Leaving Certificate Examination, 1923
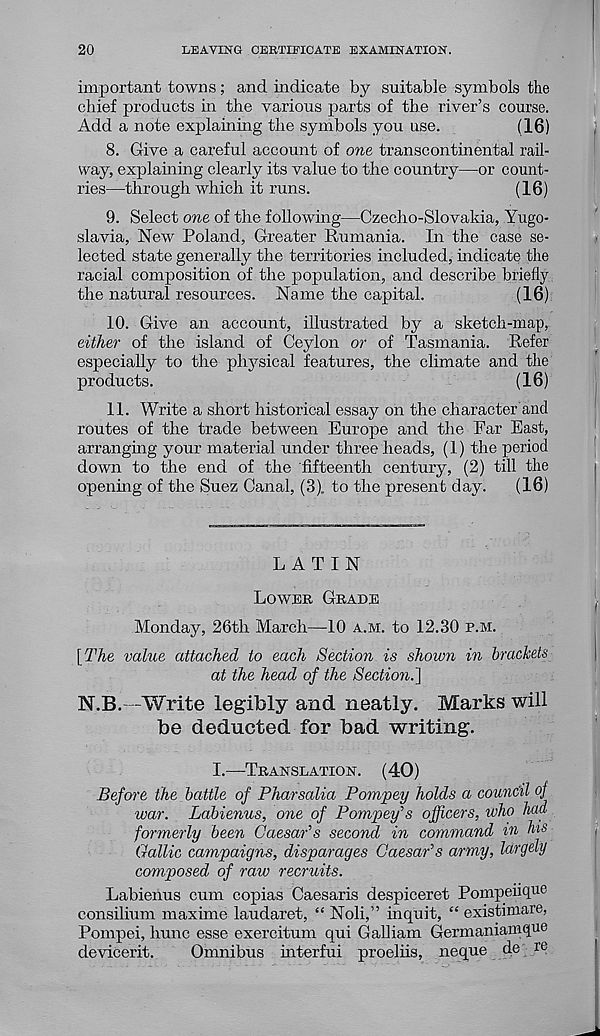
20
LEAVING CERTIFICATE EXAMINATION.
important towns; and indicate by suitable symbols the
chief products in the various parts of the river’s course.
Add a note explaining the symbols you use.
(16)
8. Give a careful account of one transcontinental rail-
way, explaining clearly its value to the country—or count-
ries—through which it runs.
(16)
9. Select one of the following—Czecho-Slovakia, Yugo-
slavia, New Poland, Greater Rumania. In the case se-
lected state generally the territories included, indicate the
racial composition of the population, and describe briefly
the natural resources. Name the capital.
(16)
10. Give an account, illustrated by a sketch-map,
either of the island of Ceylon or of Tasmania. Refer
especially to the physical features, the climate and the
products.
(16)
11. Write a short historical essay on the character and
routes of the trade between Europe and the Ear East,
arranging your material under three heads, (1) the period
down to the end of the fifteenth century, (2) till the
opening of the Suez Canal, (3). to the present day.
(16)
LATIN
LOWER GRADE
Monday, 26th March—10 A.M. to 12.30 P.M.
[The value attached to each Section is shown in brackets
at the head of the Section.']
N.B.—Write legibly and neatly. Marks will
be deducted for bad writing.
I.—-TRANSLATION. (40)
Before the battle of Pharsalia Pompey holds a council of
war.
Labienus, one of Pompey’s officers, who had
formerly been Caesar’s second in command in his
Gallic campaigns, disparages Caesar’s army, largely
composed of raw recruits.
Labienus cum copias Caesaris despiceret Pompeuque
consilium maxime laudaret, “ Noli,” inquit, “ existimare,
Pompei, hunc esse exercitum qui Galliam Germaniamque
devicerit.
Omnibus interfui proeliis, neque de re